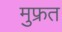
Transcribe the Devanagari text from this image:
मुफ्रत